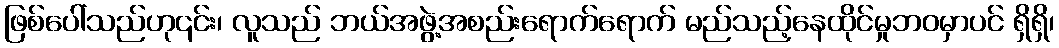
ဖြစ်ပေါ်သည်ဟု၎င်း၊ လူသည် ဘယ်အဖွဲ့အစည်းရောက်ရောက် မည်သည့်နေထိုင်မှုဘဝမှာပင် ရှိရှိ၊